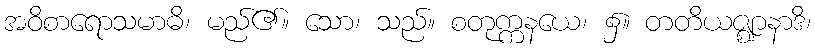
အဝိစာရောသမာဓိ၊ မည်၏။ သော၊ သည်။ စတုက္ကနယေ၊ ၌။ တတိယဇ္ဈာနာဒိ၊